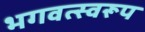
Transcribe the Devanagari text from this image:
भगवत्स्वरूप